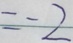
= - 2